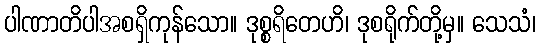
ပါဏာတိပါအစရှိကုန်သော။ ဒုစ္စရိတေဟိ၊ ဒုစရိုက်တို့မှ။ သေသံ၊